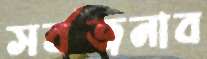
সর্বজনাব